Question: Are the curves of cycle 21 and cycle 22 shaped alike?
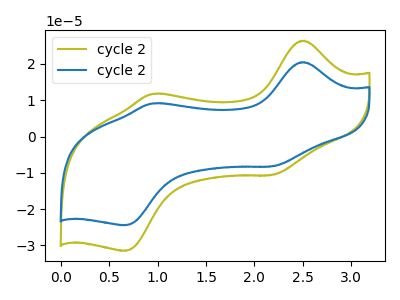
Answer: <think>The olive curve "cycle 21" has anodic peaks at (2.50V, 26.45uA) (0.95V, 11.75uA) and cathodic peaks at (2.20V, -10.55uA) (0.65V, -31.45uA). The blue curve "cycle 22" has anodic peaks at (2.50V, 20.50uA) (0.95V, 9.15uA) and cathodic peaks at (2.20V, -8.20uA) (0.65V, -24.45uA).
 All the peaks in "cycle 21" have a peak in "cycle 22" at the same potential. Every peak in "cycle 21" is higher than every peak in "cycle 22".</think>
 <answer>"cycle 21" and "cycle 22" are similar in shape.</answer>
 <eval>same_shape</eval>